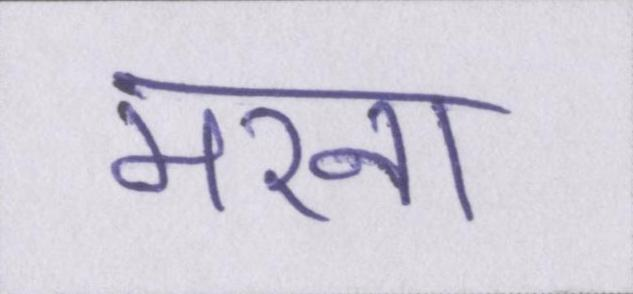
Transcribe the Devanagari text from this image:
मरना